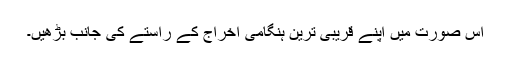
اس صورت میں اپنے قریبی ترین ہنگامی اخراج کے راستے کی جانب بڑھیں۔